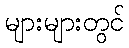
များများတွင်